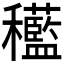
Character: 𱶭